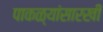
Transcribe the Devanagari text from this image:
पाकळ्यांसारखी